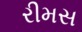
રીમસ